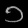
Digit: ၁